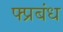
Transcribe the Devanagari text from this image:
फ्प्रबंध